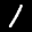
Label: 1